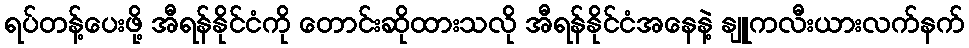
ရပ်တန့်ပေးဖို့ အီရန်နိုင်ငံကို တောင်းဆိုထားသလို အီရန်နိုင်ငံအနေနဲ့ နျူကလီးယားလက်နက်